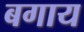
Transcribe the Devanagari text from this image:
बगाय